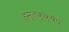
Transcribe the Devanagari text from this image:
हस्तक्क्षेप